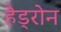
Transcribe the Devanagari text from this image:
हैड्रोन